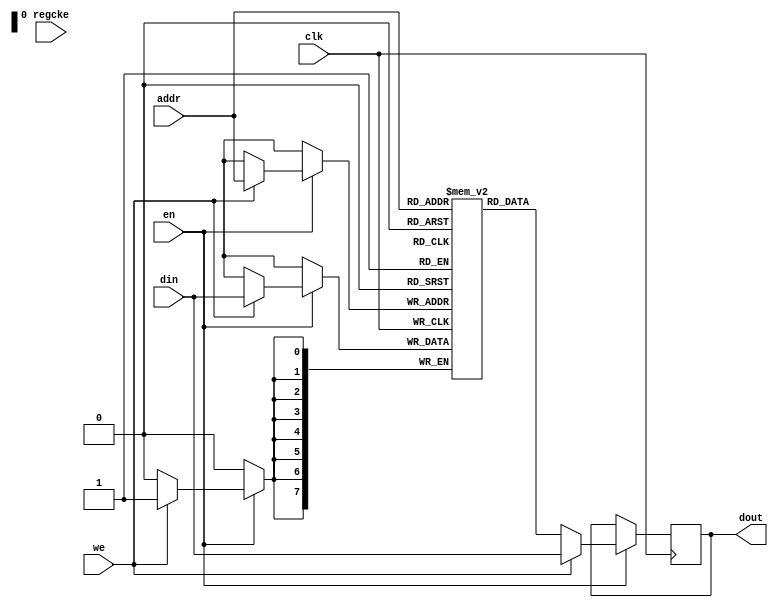
// This program was cloned from: https://github.com/ryuz/jelly
// License: MIT License

// ---------------------------------------------------------------------------
//  Jelly  -- The platform for real-time computing
//
//                                 Copyright (C) 2008-2020 by Ryuz
//                                 https://github.com/ryuz/jelly.git
// ---------------------------------------------------------------------------



`timescale 1ns / 1ps
`default_nettype none



// Singleport-RAM
module jelly_ram_singleport
        #(
            parameter   ADDR_WIDTH   = 8,
            parameter   DATA_WIDTH   = 8,
            parameter   MEM_SIZE     = (1 << ADDR_WIDTH),
            parameter   RAM_TYPE     = "block",
            parameter   DOUT_REGS    = 0,
            parameter   MODE         = "WRITE_FIRST",
            
            parameter   FILLMEM      = 0,
            parameter   FILLMEM_DATA = 0,
            parameter   READMEMB     = 0,
            parameter   READMEMH     = 0,
            parameter   READMEM_FILE = ""
        )
        (
            input   wire                        clk,
            input   wire                        en,
            input   wire                        regcke,
            input   wire                        we,
            input   wire    [ADDR_WIDTH-1:0]    addr,
            input   wire    [DATA_WIDTH-1:0]    din,
            output  wire    [DATA_WIDTH-1:0]    dout
        );
    
    // memory
    (* ram_style = RAM_TYPE *)
    reg     [DATA_WIDTH-1:0]    mem [0:MEM_SIZE-1];
    
    reg     [DATA_WIDTH-1:0]    tmp_dout;
    
    generate
    if ( MODE == "WRITE_FIRST" ) begin : blk_write_first
        // write first
        always @ ( posedge clk ) begin
            if ( en ) begin
                if ( we ) begin
                    mem[addr] <= din;
                end
                
                if ( we ) begin
                    tmp_dout <= din;
                end
                else begin
                    tmp_dout <= mem[addr];
                end
            end
        end
    end
    else begin : blk_read_first
        // read first
        always @ ( posedge clk ) begin
            if ( en ) begin
                if ( we ) begin
                    mem[addr] <= din;
                end
                tmp_dout <= mem[addr];
            end
        end
    end
    
    // DOUT FF insert
    if ( DOUT_REGS ) begin : blk_dout_regs
        reg     [DATA_WIDTH-1:0]    reg_dout;
        always @(posedge clk) begin
            if ( regcke ) begin
                reg_dout <= tmp_dout;
            end
        end
        assign dout = reg_dout;
    end
    else begin: blk_dout
        assign dout = tmp_dout;
    end
    endgenerate
    
    
`ifndef ALTERA
    // initialize
    integer i;
    initial begin
        if ( FILLMEM ) begin
            for ( i = 0; i < MEM_SIZE; i = i + 1 ) begin
                mem[i] = FILLMEM_DATA;
            end
        end
        
        if ( READMEMB ) begin
            $display("readmemb:%s", READMEM_FILE);
            $readmemb(READMEM_FILE, mem);
        end
        
        if ( READMEMH ) begin
            $display("readmemh:%s", READMEM_FILE);
            $readmemh(READMEM_FILE, mem);
        end
    end
`endif
    
endmodule



`default_nettype wire


// end of file